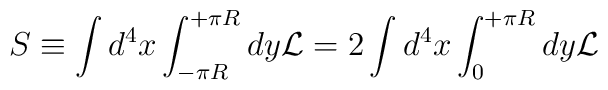
S \equiv \int d^4x \int_{- \pi R}^{+ \pi R} dy  {\cal L} =    2 \int d^4x \int_{0}^{+ \pi R} dy  {\cal L}